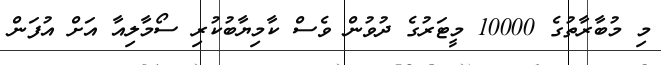
މި މުބާރާތުގެ 10000 މީޓަރުގެ ދުވުން ވެސް ކާމިޔާބުކުރި ސޯމާލިއާ އަށް އުފަން